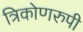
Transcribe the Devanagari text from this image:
त्रिकोणरुपी